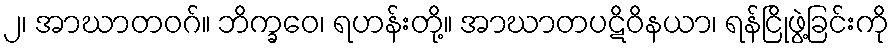
၂၊ အာဃာတဝဂ်။ ဘိက္ခဝေ၊ ရဟန်းတို့။ အာဃာတပဋိဝိနယာ၊ ရန်ငြိုဖွဲ့ခြင်းကို